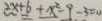
2 x + 6 + x ^ { 2 } - 9 - 3 = 0